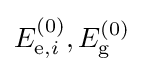
E_{\mathrm {e} ,i}^{(0)},E_{\mathrm {g} }^{(0)}